Scientific memoirs by medical officers of the Army of India - Part VIII,
Year: 1894
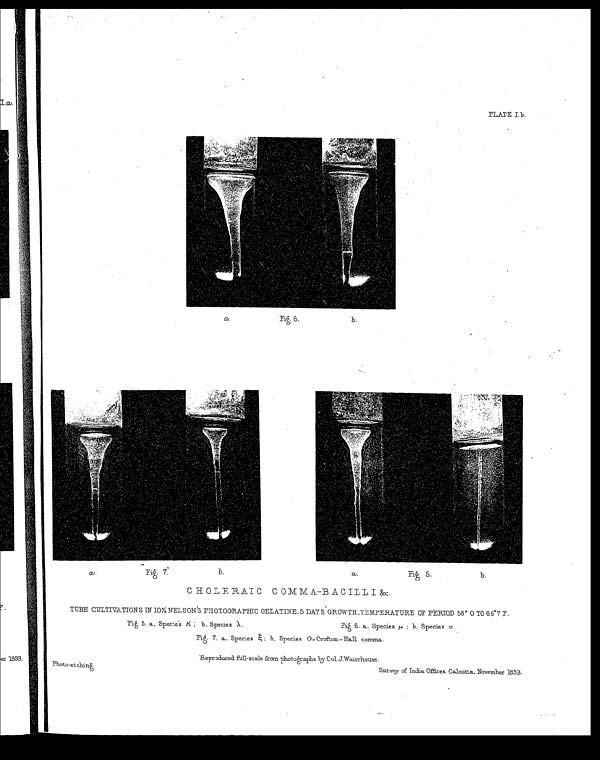
PLATE I.b .
CHOLERAIC COMMA-BACILLI &c.
TUBE CULTIVATIONS IN IO% NELSON'S PHOTOGRAPHIC GELATINE, 5 DAYS GROWTH TEMPERATURE OF PERIOD 58° 0 TO 65°7 F.
Fig. 5. a, Species κ : b, Species λ.
Fig 6. a, Species μ : b. Species ν.
Fig. 7. a, Species ξ : b. Species O=Crofton–Hall comma.
Re p r o d u c e d f u l l - s c a l e f r o m p h o t o g r a p h s b y Co l . J . Wa t e r h o u s e .
Photo-etchinģ.
Survey of India Offices, Calcutta, November 1893.